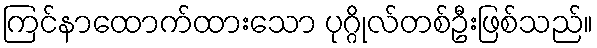
ကြင်နာထောက်ထားသော ပုဂ္ဂိုလ်တစ်ဦးဖြစ်သည်။